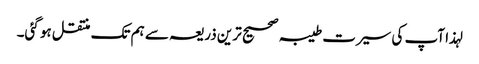
لہذا آپ کی سیرت طیبہ صحیح ترین ذریعہ سے ہم تک منتقل ہو گئی۔